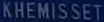
KHEMISSET